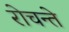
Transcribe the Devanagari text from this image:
रोचन्ते